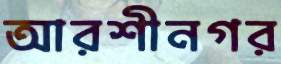
আরশীনগর